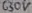
Text: 630V